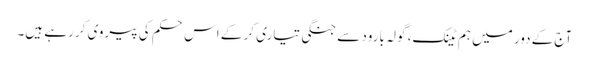
آج کے دور میں ہم ٹینک، گولہ بارود سے جنگی تیاری کر کے اس حکم کی پیروی کر رہے ہیں۔